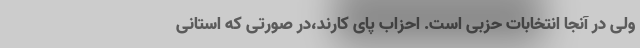
ولی در آنجا انتخابات حزبی است. احزاب پای کارند،در صورتی که استانی